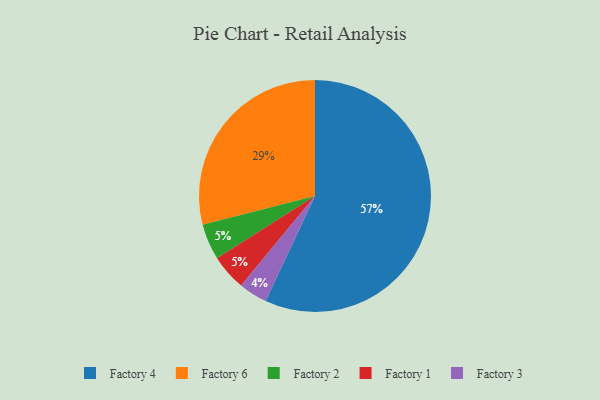
{"axis": {"x": "Category", "y": "Percentage"}, "legend": ["Factory 1", "Factory 2", "Factory 3", "Factory 4", "Factory 6"], "data": [{"x": "Factory 3", "y": 4, "type": "Factory 3"}, {"x": "Factory 2", "y": 5, "type": "Factory 2"}, {"x": "Factory 6", "y": 29, "type": "Factory 6"}, {"x": "Factory 1", "y": 5, "type": "Factory 1"}, {"x": "Factory 4", "y": 57, "type": "Factory 4"}]}